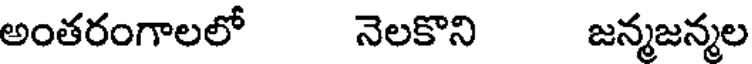
అంతరంగాలలో నెలకొని జన్మజన్మల